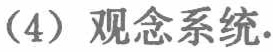
（4）观念系统.